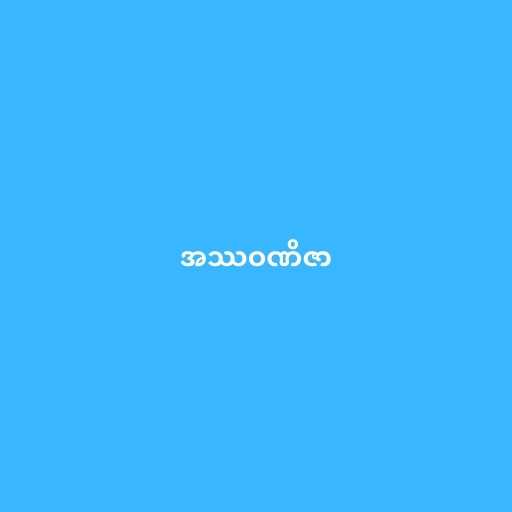
အဿဝဏိဇာ